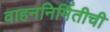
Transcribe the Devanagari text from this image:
वाहननिर्मितीची